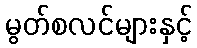
မွတ်စလင်များနှင့်